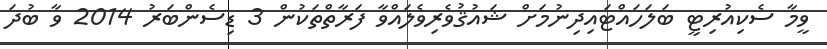
ވީމާ ސެކިއުރިޓީ ބަލަހައްޓައިދިނުމަށް ޝައުޤުވެރިވެލައްވާ ފަރާތްތަކުން 3 ޑިސެންބަރު 2014 ވާ ބުދަ